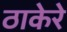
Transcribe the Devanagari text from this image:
ठाकेरे